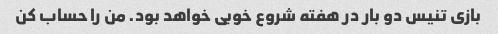
بازی تنیس دو بار در هفته شروع خوبی خواهد بود. من را حساب کن